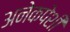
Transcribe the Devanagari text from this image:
अनेकपेशी